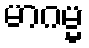
မာဂမ္မ